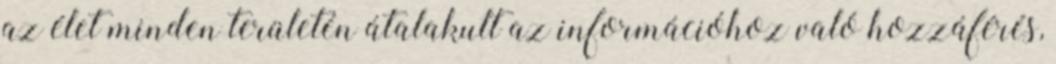
az élet minden területén átalakult az információhoz való hozzáférés,